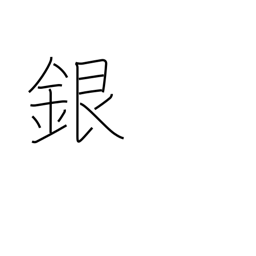
Meaning: silver